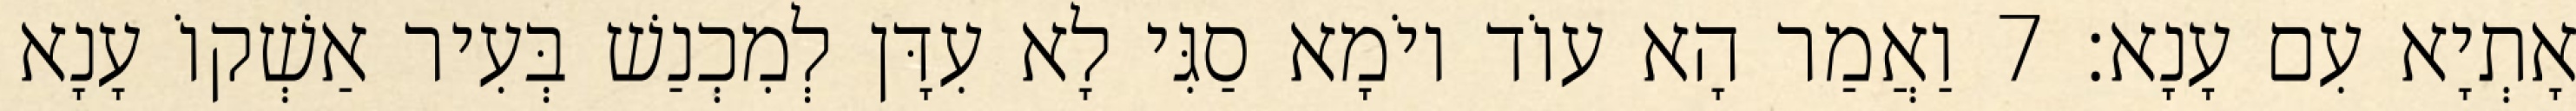
אָתְיָא עִם עָנָא׃ 7 וַאֲמַר הָא עוֹד יוֹמָא סַגִּי לָא עִדָּן לְמִכְנַשׁ בְּעִיר אַשְׁקוֹ עָנָא